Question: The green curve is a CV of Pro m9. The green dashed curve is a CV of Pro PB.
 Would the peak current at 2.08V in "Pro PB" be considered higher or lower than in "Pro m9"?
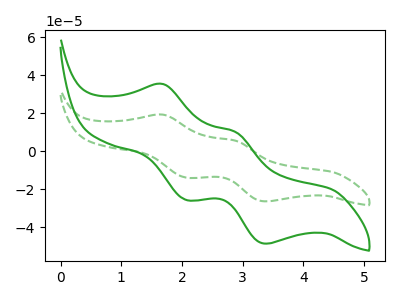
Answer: <think>The green curve "Pro m9" has anodic peaks at (1.70V, 35.25uA) (2.90V, 10.10uA) and cathodic peaks at (2.10V, -25.70uA) (3.40V, -48.70uA). The green dashed curve "Pro PB" has anodic peaks at (1.70V, 19.15uA) (2.90V, 5.50uA) and cathodic peaks at (2.10V, -13.95uA) (3.40V, -26.45uA).</think>
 <answer>The peak at 2.08V is lower in "Pro PB" than in "Pro m9".</answer>
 <eval>lower</eval>